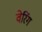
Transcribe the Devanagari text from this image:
वेरिंग